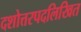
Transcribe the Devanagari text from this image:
दशोत्तरपदलिखित